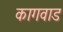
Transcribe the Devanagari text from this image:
कागवाड